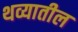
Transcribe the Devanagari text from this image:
थव्यातील